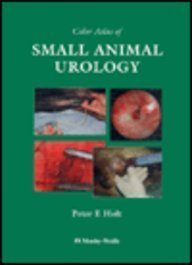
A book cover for Color Atlas of Small Animal Urology; Peter E. Holt; Medical Books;